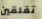
تقلقين